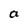
Character: a